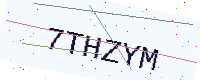
Text: 7THZYM